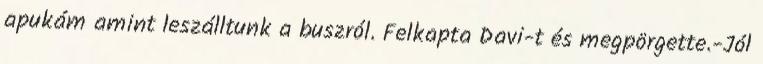
apukám amint leszálltunk a buszról. Felkapta Davi-t és megpörgette.-Jól